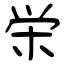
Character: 栄